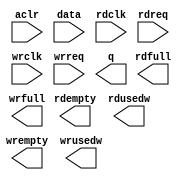
// megafunction wizard: %FIFO%VBB%
// GENERATION: STANDARD
// VERSION: WM1.0
// MODULE: dcfifo 

// ============================================================
// Megafunction Name(s):
// 			dcfifo
//
// Simulation Library Files(s):
// 			altera_mf
// ============================================================
// ************************************************************
// THIS IS A WIZARD-GENERATED FILE. DO NOT EDIT THIS FILE!
//
// 9.1 Build 350 03/24/2010 SP 2 SJ Full Version
// ************************************************************

//Copyright (C) 1991-2010 Altera Corporation
//Your use of Altera Corporation's design tools, logic functions 
//and other software and tools, and its AMPP partner logic 
//functions, and any output files from any of the foregoing 
//(including device programming or simulation files), and any 
//associated documentation or information are expressly subject 
//to the terms and conditions of the Altera Program License 
//Subscription Agreement, Altera MegaCore Function License 
//Agreement, or other applicable license agreement, including, 
//without limitation, that your use is for the sole purpose of 
//programming logic devices manufactured by Altera and sold by 
//Altera or its authorized distributors.  Please refer to the 
//applicable agreement for further details.

module ApvDataFifo_1024x13 (
	aclr,
	data,
	rdclk,
	rdreq,
	wrclk,
	wrreq,
	q,
	rdempty,
	rdfull,
	rdusedw,
	wrempty,
	wrfull,
	wrusedw);

	input	  aclr;
	input	[12:0]  data;
	input	  rdclk;
	input	  rdreq;
	input	  wrclk;
	input	  wrreq;
	output	[12:0]  q;
	output	  rdempty;
	output	  rdfull;
	output	[9:0]  rdusedw;
	output	  wrempty;
	output	  wrfull;
	output	[9:0]  wrusedw;
`ifndef ALTERA_RESERVED_QIS
// synopsys translate_off
`endif
	tri0	  aclr;
`ifndef ALTERA_RESERVED_QIS
// synopsys translate_on
`endif

endmodule

// ============================================================
// CNX file retrieval info
// ============================================================
// Retrieval info: PRIVATE: AlmostEmpty NUMERIC "0"
// Retrieval info: PRIVATE: AlmostEmptyThr NUMERIC "-1"
// Retrieval info: PRIVATE: AlmostFull NUMERIC "0"
// Retrieval info: PRIVATE: AlmostFullThr NUMERIC "-1"
// Retrieval info: PRIVATE: CLOCKS_ARE_SYNCHRONIZED NUMERIC "0"
// Retrieval info: PRIVATE: Clock NUMERIC "4"
// Retrieval info: PRIVATE: Depth NUMERIC "1024"
// Retrieval info: PRIVATE: Empty NUMERIC "1"
// Retrieval info: PRIVATE: Full NUMERIC "1"
// Retrieval info: PRIVATE: INTENDED_DEVICE_FAMILY STRING "Arria GX"
// Retrieval info: PRIVATE: LE_BasedFIFO NUMERIC "0"
// Retrieval info: PRIVATE: LegacyRREQ NUMERIC "0"
// Retrieval info: PRIVATE: MAX_DEPTH_BY_9 NUMERIC "0"
// Retrieval info: PRIVATE: OVERFLOW_CHECKING NUMERIC "0"
// Retrieval info: PRIVATE: Optimize NUMERIC "0"
// Retrieval info: PRIVATE: RAM_BLOCK_TYPE NUMERIC "0"
// Retrieval info: PRIVATE: SYNTH_WRAPPER_GEN_POSTFIX STRING "0"
// Retrieval info: PRIVATE: UNDERFLOW_CHECKING NUMERIC "0"
// Retrieval info: PRIVATE: UsedW NUMERIC "1"
// Retrieval info: PRIVATE: Width NUMERIC "13"
// Retrieval info: PRIVATE: dc_aclr NUMERIC "1"
// Retrieval info: PRIVATE: diff_widths NUMERIC "0"
// Retrieval info: PRIVATE: msb_usedw NUMERIC "0"
// Retrieval info: PRIVATE: output_width NUMERIC "13"
// Retrieval info: PRIVATE: rsEmpty NUMERIC "1"
// Retrieval info: PRIVATE: rsFull NUMERIC "1"
// Retrieval info: PRIVATE: rsUsedW NUMERIC "1"
// Retrieval info: PRIVATE: sc_aclr NUMERIC "0"
// Retrieval info: PRIVATE: sc_sclr NUMERIC "0"
// Retrieval info: PRIVATE: wsEmpty NUMERIC "1"
// Retrieval info: PRIVATE: wsFull NUMERIC "1"
// Retrieval info: PRIVATE: wsUsedW NUMERIC "1"
// Retrieval info: CONSTANT: INTENDED_DEVICE_FAMILY STRING "Arria GX"
// Retrieval info: CONSTANT: LPM_NUMWORDS NUMERIC "1024"
// Retrieval info: CONSTANT: LPM_SHOWAHEAD STRING "ON"
// Retrieval info: CONSTANT: LPM_TYPE STRING "dcfifo"
// Retrieval info: CONSTANT: LPM_WIDTH NUMERIC "13"
// Retrieval info: CONSTANT: LPM_WIDTHU NUMERIC "10"
// Retrieval info: CONSTANT: OVERFLOW_CHECKING STRING "ON"
// Retrieval info: CONSTANT: RDSYNC_DELAYPIPE NUMERIC "4"
// Retrieval info: CONSTANT: UNDERFLOW_CHECKING STRING "ON"
// Retrieval info: CONSTANT: USE_EAB STRING "ON"
// Retrieval info: CONSTANT: WRITE_ACLR_SYNCH STRING "OFF"
// Retrieval info: CONSTANT: WRSYNC_DELAYPIPE NUMERIC "4"
// Retrieval info: USED_PORT: aclr 0 0 0 0 INPUT GND aclr
// Retrieval info: USED_PORT: data 0 0 13 0 INPUT NODEFVAL data[12..0]
// Retrieval info: USED_PORT: q 0 0 13 0 OUTPUT NODEFVAL q[12..0]
// Retrieval info: USED_PORT: rdclk 0 0 0 0 INPUT NODEFVAL rdclk
// Retrieval info: USED_PORT: rdempty 0 0 0 0 OUTPUT NODEFVAL rdempty
// Retrieval info: USED_PORT: rdfull 0 0 0 0 OUTPUT NODEFVAL rdfull
// Retrieval info: USED_PORT: rdreq 0 0 0 0 INPUT NODEFVAL rdreq
// Retrieval info: USED_PORT: rdusedw 0 0 10 0 OUTPUT NODEFVAL rdusedw[9..0]
// Retrieval info: USED_PORT: wrclk 0 0 0 0 INPUT NODEFVAL wrclk
// Retrieval info: USED_PORT: wrempty 0 0 0 0 OUTPUT NODEFVAL wrempty
// Retrieval info: USED_PORT: wrfull 0 0 0 0 OUTPUT NODEFVAL wrfull
// Retrieval info: USED_PORT: wrreq 0 0 0 0 INPUT NODEFVAL wrreq
// Retrieval info: USED_PORT: wrusedw 0 0 10 0 OUTPUT NODEFVAL wrusedw[9..0]
// Retrieval info: CONNECT: @data 0 0 13 0 data 0 0 13 0
// Retrieval info: CONNECT: q 0 0 13 0 @q 0 0 13 0
// Retrieval info: CONNECT: @wrreq 0 0 0 0 wrreq 0 0 0 0
// Retrieval info: CONNECT: @rdreq 0 0 0 0 rdreq 0 0 0 0
// Retrieval info: CONNECT: @rdclk 0 0 0 0 rdclk 0 0 0 0
// Retrieval info: CONNECT: @wrclk 0 0 0 0 wrclk 0 0 0 0
// Retrieval info: CONNECT: rdfull 0 0 0 0 @rdfull 0 0 0 0
// Retrieval info: CONNECT: rdempty 0 0 0 0 @rdempty 0 0 0 0
// Retrieval info: CONNECT: rdusedw 0 0 10 0 @rdusedw 0 0 10 0
// Retrieval info: CONNECT: wrfull 0 0 0 0 @wrfull 0 0 0 0
// Retrieval info: CONNECT: wrempty 0 0 0 0 @wrempty 0 0 0 0
// Retrieval info: CONNECT: wrusedw 0 0 10 0 @wrusedw 0 0 10 0
// Retrieval info: CONNECT: @aclr 0 0 0 0 aclr 0 0 0 0
// Retrieval info: LIBRARY: altera_mf altera_mf.altera_mf_components.all
// Retrieval info: GEN_FILE: TYPE_NORMAL ApvDataFifo_1024x13.v TRUE
// Retrieval info: GEN_FILE: TYPE_NORMAL ApvDataFifo_1024x13.inc FALSE
// Retrieval info: GEN_FILE: TYPE_NORMAL ApvDataFifo_1024x13.cmp FALSE
// Retrieval info: GEN_FILE: TYPE_NORMAL ApvDataFifo_1024x13.bsf TRUE
// Retrieval info: GEN_FILE: TYPE_NORMAL ApvDataFifo_1024x13_inst.v FALSE
// Retrieval info: GEN_FILE: TYPE_NORMAL ApvDataFifo_1024x13_bb.v TRUE
// Retrieval info: GEN_FILE: TYPE_NORMAL ApvDataFifo_1024x13_waveforms.html TRUE
// Retrieval info: GEN_FILE: TYPE_NORMAL ApvDataFifo_1024x13_wave*.jpg FALSE
// Retrieval info: LIB_FILE: altera_mf